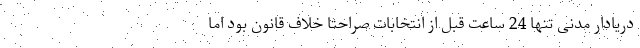
دریادار مدنی تنها 24 ساعت قبل از انتخابات صراحتا خلاف قانون بود اما